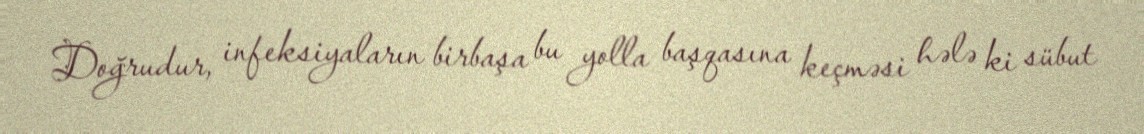
Doğrudur, infeksiyaların birbaşa bu yolla başqasına keçməsi hələ ki sübut